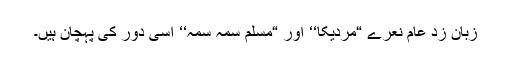
زبان زد عام نعرے “مردیکا‘‘ اور “مسلم سمہ سمہ‘‘ اسی دور کی پہچان ہیں۔